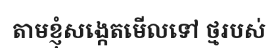
តាមខ្ញុំសង្កេតមើលទៅ ថ្មរបស់